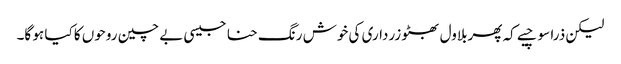
لیکن ذرا سوچیے کہ پھربلاول بھٹو زرداری کی خوش رنگ حنا جیسی بے چین روحوں کا کیا ہو گا۔